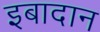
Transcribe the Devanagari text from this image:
इबादान